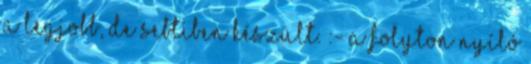
a legjobb, de sebtiben készült. :- A folyton nyíló